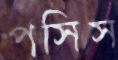
পসিস